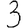
Digit: 3